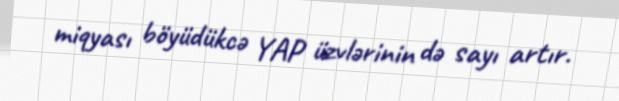
miqyası böyüdükcə YAP üzvlərinin də sayı artır.